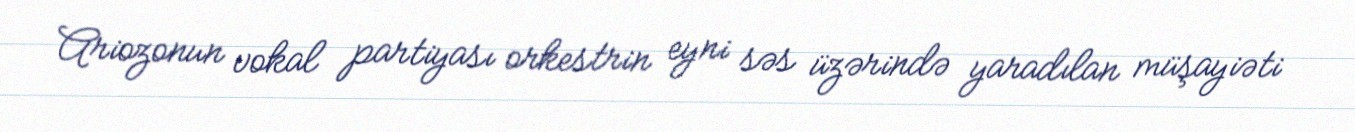
Ariozonun vokal partiyası orkestrin eyni səs üzərində yaradılan müşayiəti